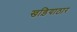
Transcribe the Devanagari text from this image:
खड़ियाठार